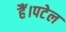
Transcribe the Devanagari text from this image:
हैं।पटेल